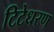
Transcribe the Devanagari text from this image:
टिटेधरण